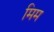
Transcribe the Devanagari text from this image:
मिम